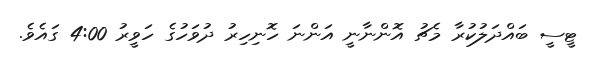
ޓީސީ ބައްދަލުކުރާ މެޗު އޮންނާނީ އަންނަ ހޮނިހިރު ދުވަހުގެ ހަވީރު 4:00 ގައެވެ.